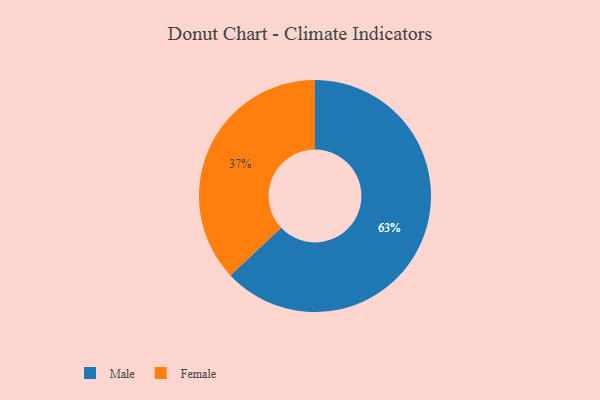
{"axis": {"x": "Category", "y": "Percentage"}, "legend": ["Female", "Male"], "data": [{"x": "Female", "y": 37, "type": "Female"}, {"x": "Male", "y": 63, "type": "Male"}]}